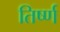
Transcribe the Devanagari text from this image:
तिर्ष्ण